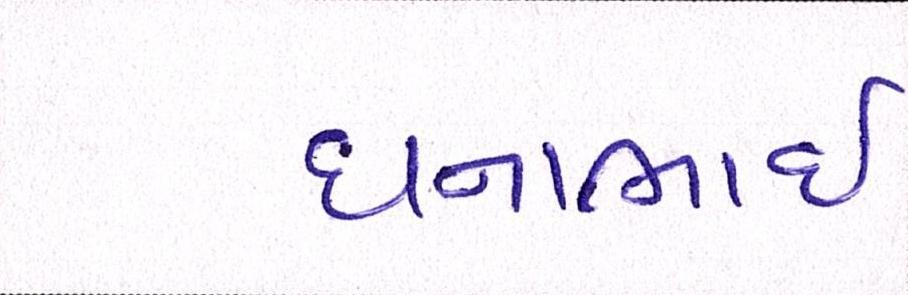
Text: ધનાભાઇ